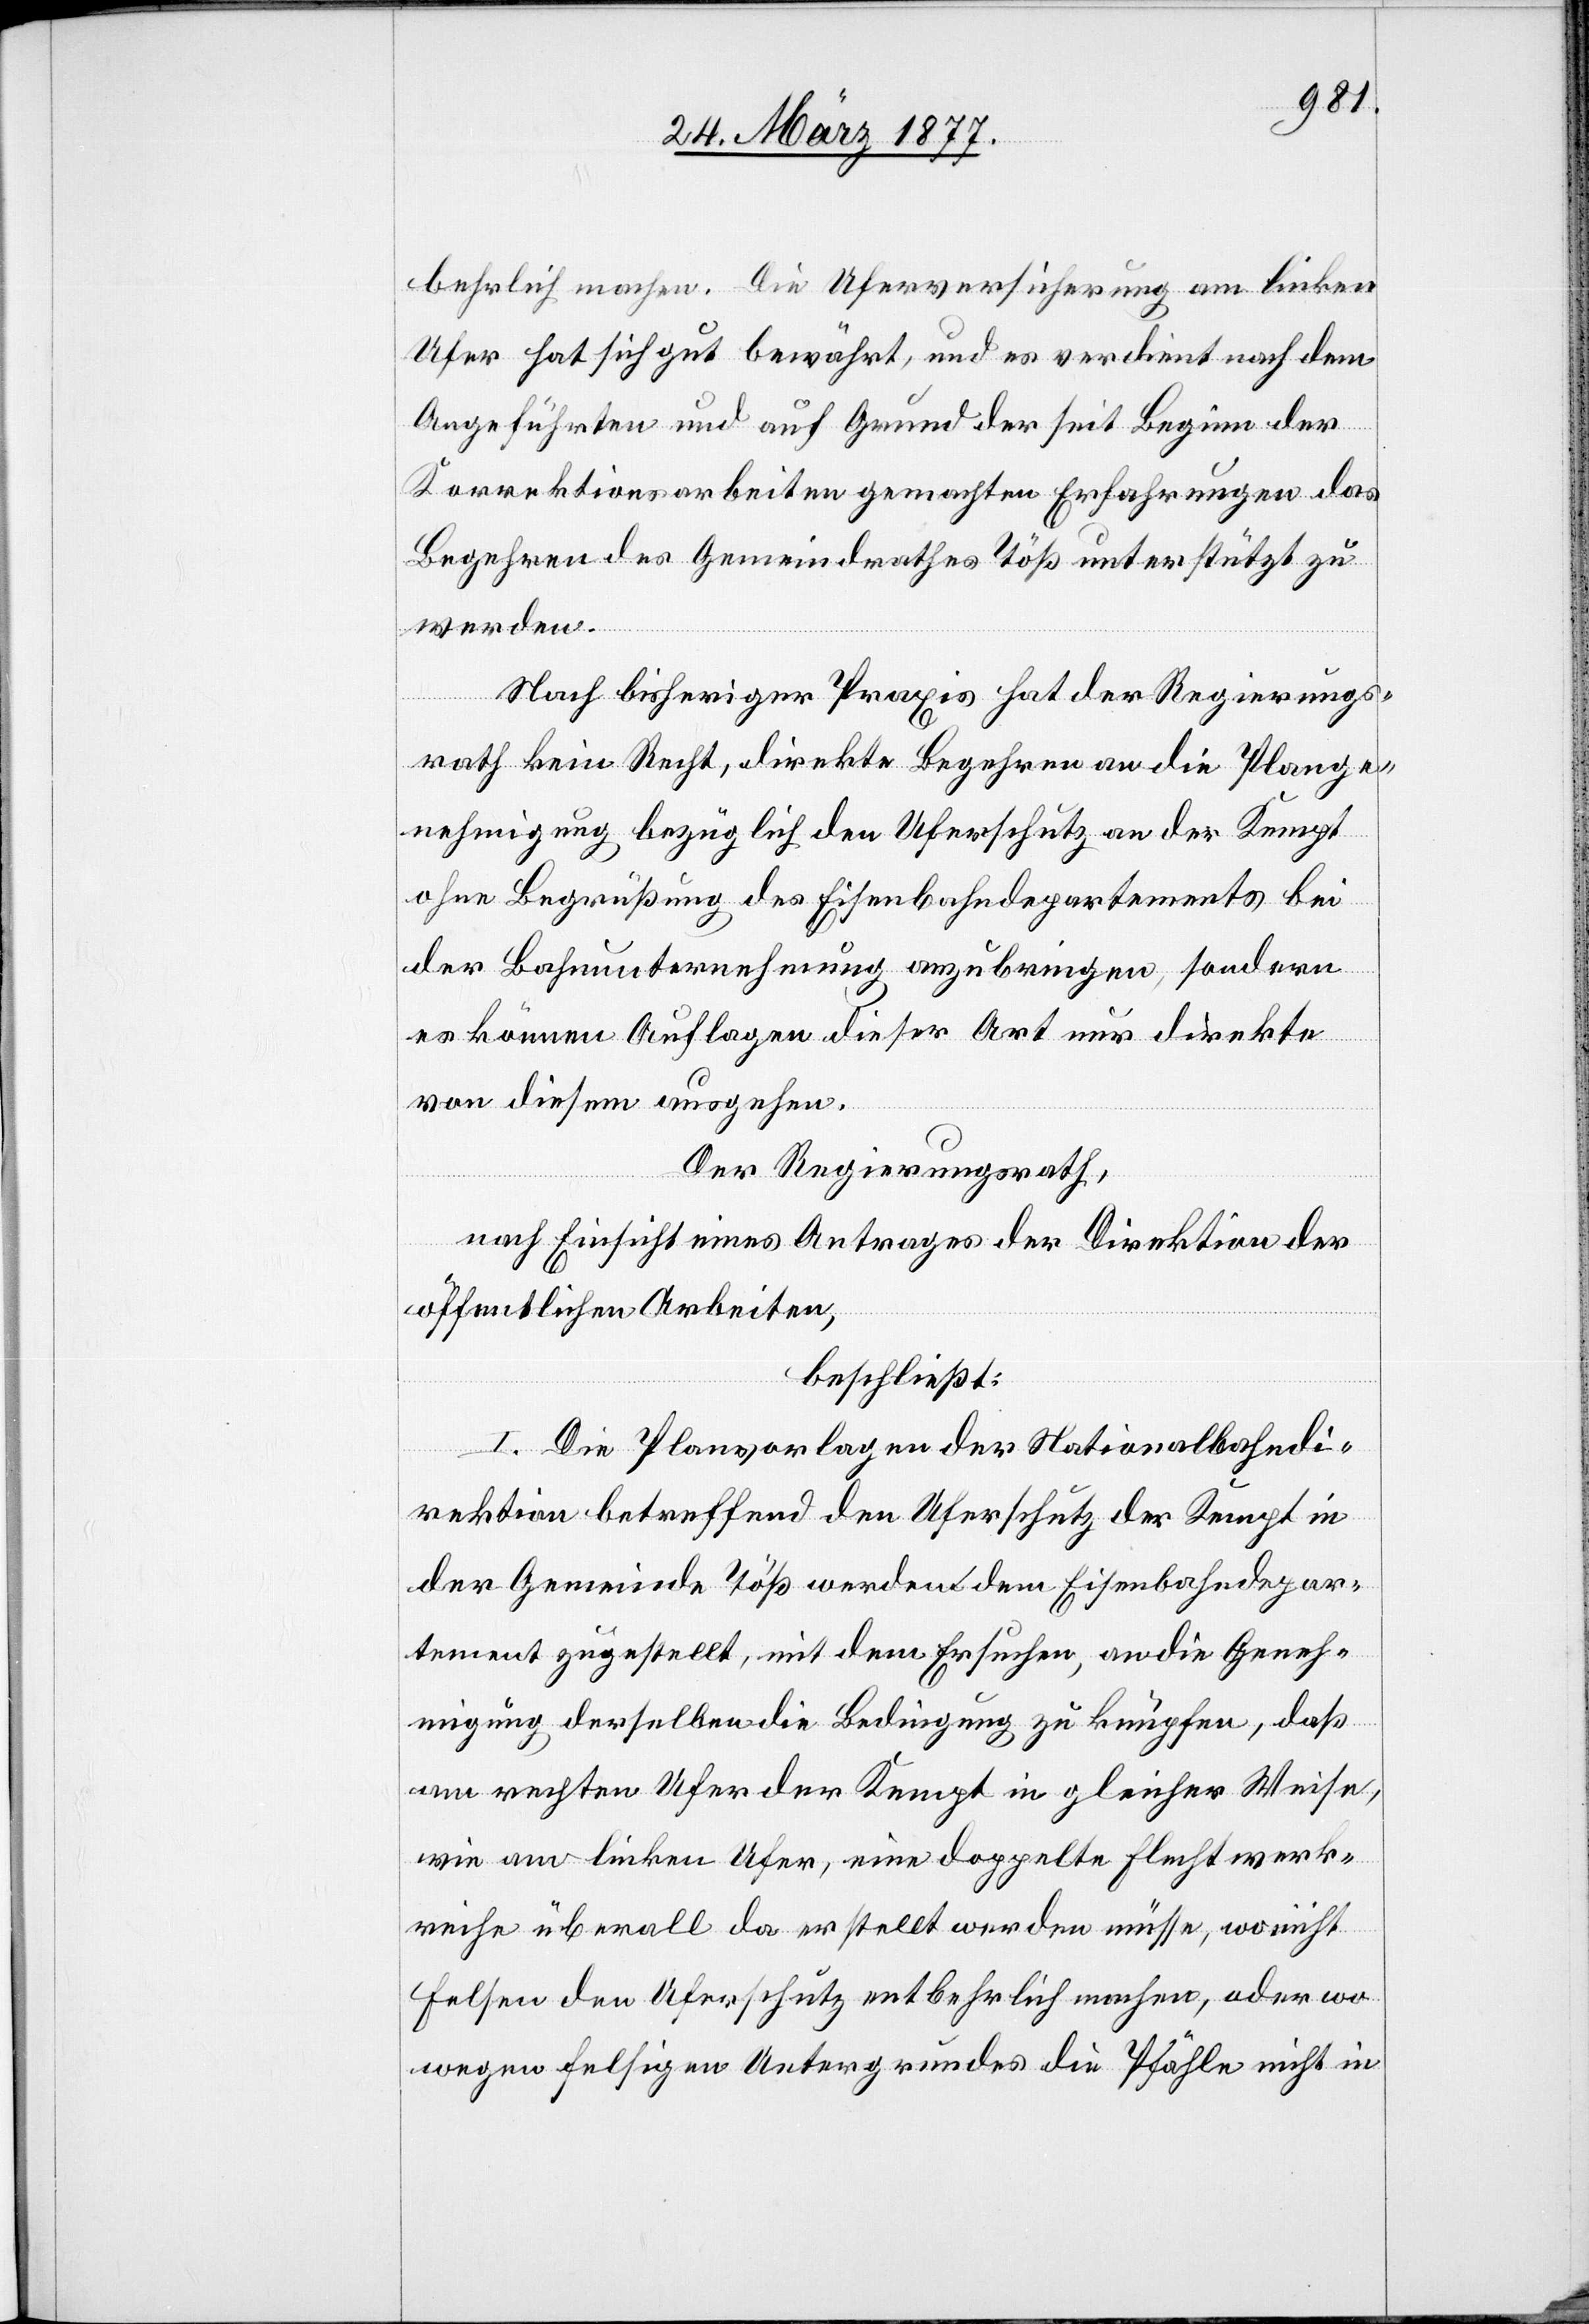
behrlich machen. Die Uferversicherung am linken
Ufer hat sich gut bewährt, und es verdient nach dem
Angeführten und auf Grund der seit Beginn der
Korrektionsarbeiten gemachten Erfahrungen das
Begehren des Gemeindrathes Töß unterstützt zu
werden.
Nach bisheriger Praxis hat der Regierungs¬
rath kein Recht, direkte Begehren an die Plange¬
nehmigung bezüglich den Uferschutz an der Kempt
ohne Begrüßung des Eisenbahndepartements bei
der Bahnunternehmung anzubringen, sondern
es können Auflagen dieser Art nur direkte
von diesem ausgehen.
Der Regierungsrath,
nach Einsicht eines Antrages der Direktion der
öffentlichen Arbeiten,
beschließt:
I. Die Planvorlagen der Nationalbahndi¬
rektion betreffend den Uferschutz der Kempt in
der Gemeinde Töß werden dem Eisenbahndepar¬
tement zugestellt, mit dem Ersuchen, an die Geneh¬
migung derselben die Bedingung zu knüpfen, daß
am rechten Ufer der Kempt in gleicher Weise,
wie am linken Ufer, eine doppelte Flechtwerk¬
reihe überall da erstellt werden müsse, wo nicht
Felsen den Uferschutz entbehrlich machen, oder wo
wegen felsigen Untergrundes die Pfähle nicht in